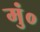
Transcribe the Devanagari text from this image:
मुं०